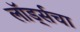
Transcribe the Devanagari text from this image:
लॉर्ड्सचा